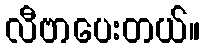
လီဗာပေးတယ်။